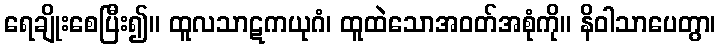
ရေချိုးစေပြီး၍။ ထူလသာဋကယုဂံ၊ ထူထဲသောအဝတ်အစုံကို။ နိဝါသာပေတွာ၊